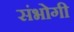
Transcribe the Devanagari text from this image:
संभोगी